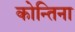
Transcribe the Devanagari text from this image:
कोन्तिना